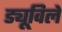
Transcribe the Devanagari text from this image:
ड्यूविले